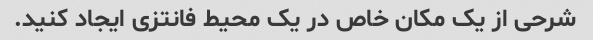
شرحی از یک مکان خاص در یک محیط فانتزی ایجاد کنید.